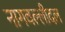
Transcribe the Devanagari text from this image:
नागवल्लीदल